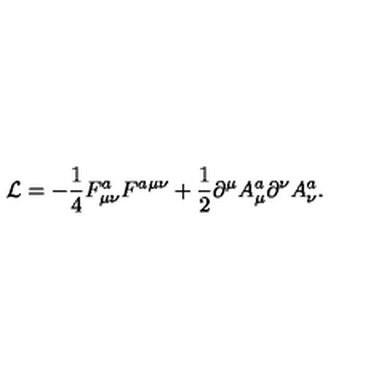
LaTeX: { \cal L } = - { \frac { 1 } { 4 } } F _ { \mu \nu } ^ { a } F ^ { a \mu \nu } + { \frac { 1 } { 2 } } \partial ^ { \mu } A _ { \mu } ^ { a } \partial ^ { \nu } A _ { \nu } ^ { a } .